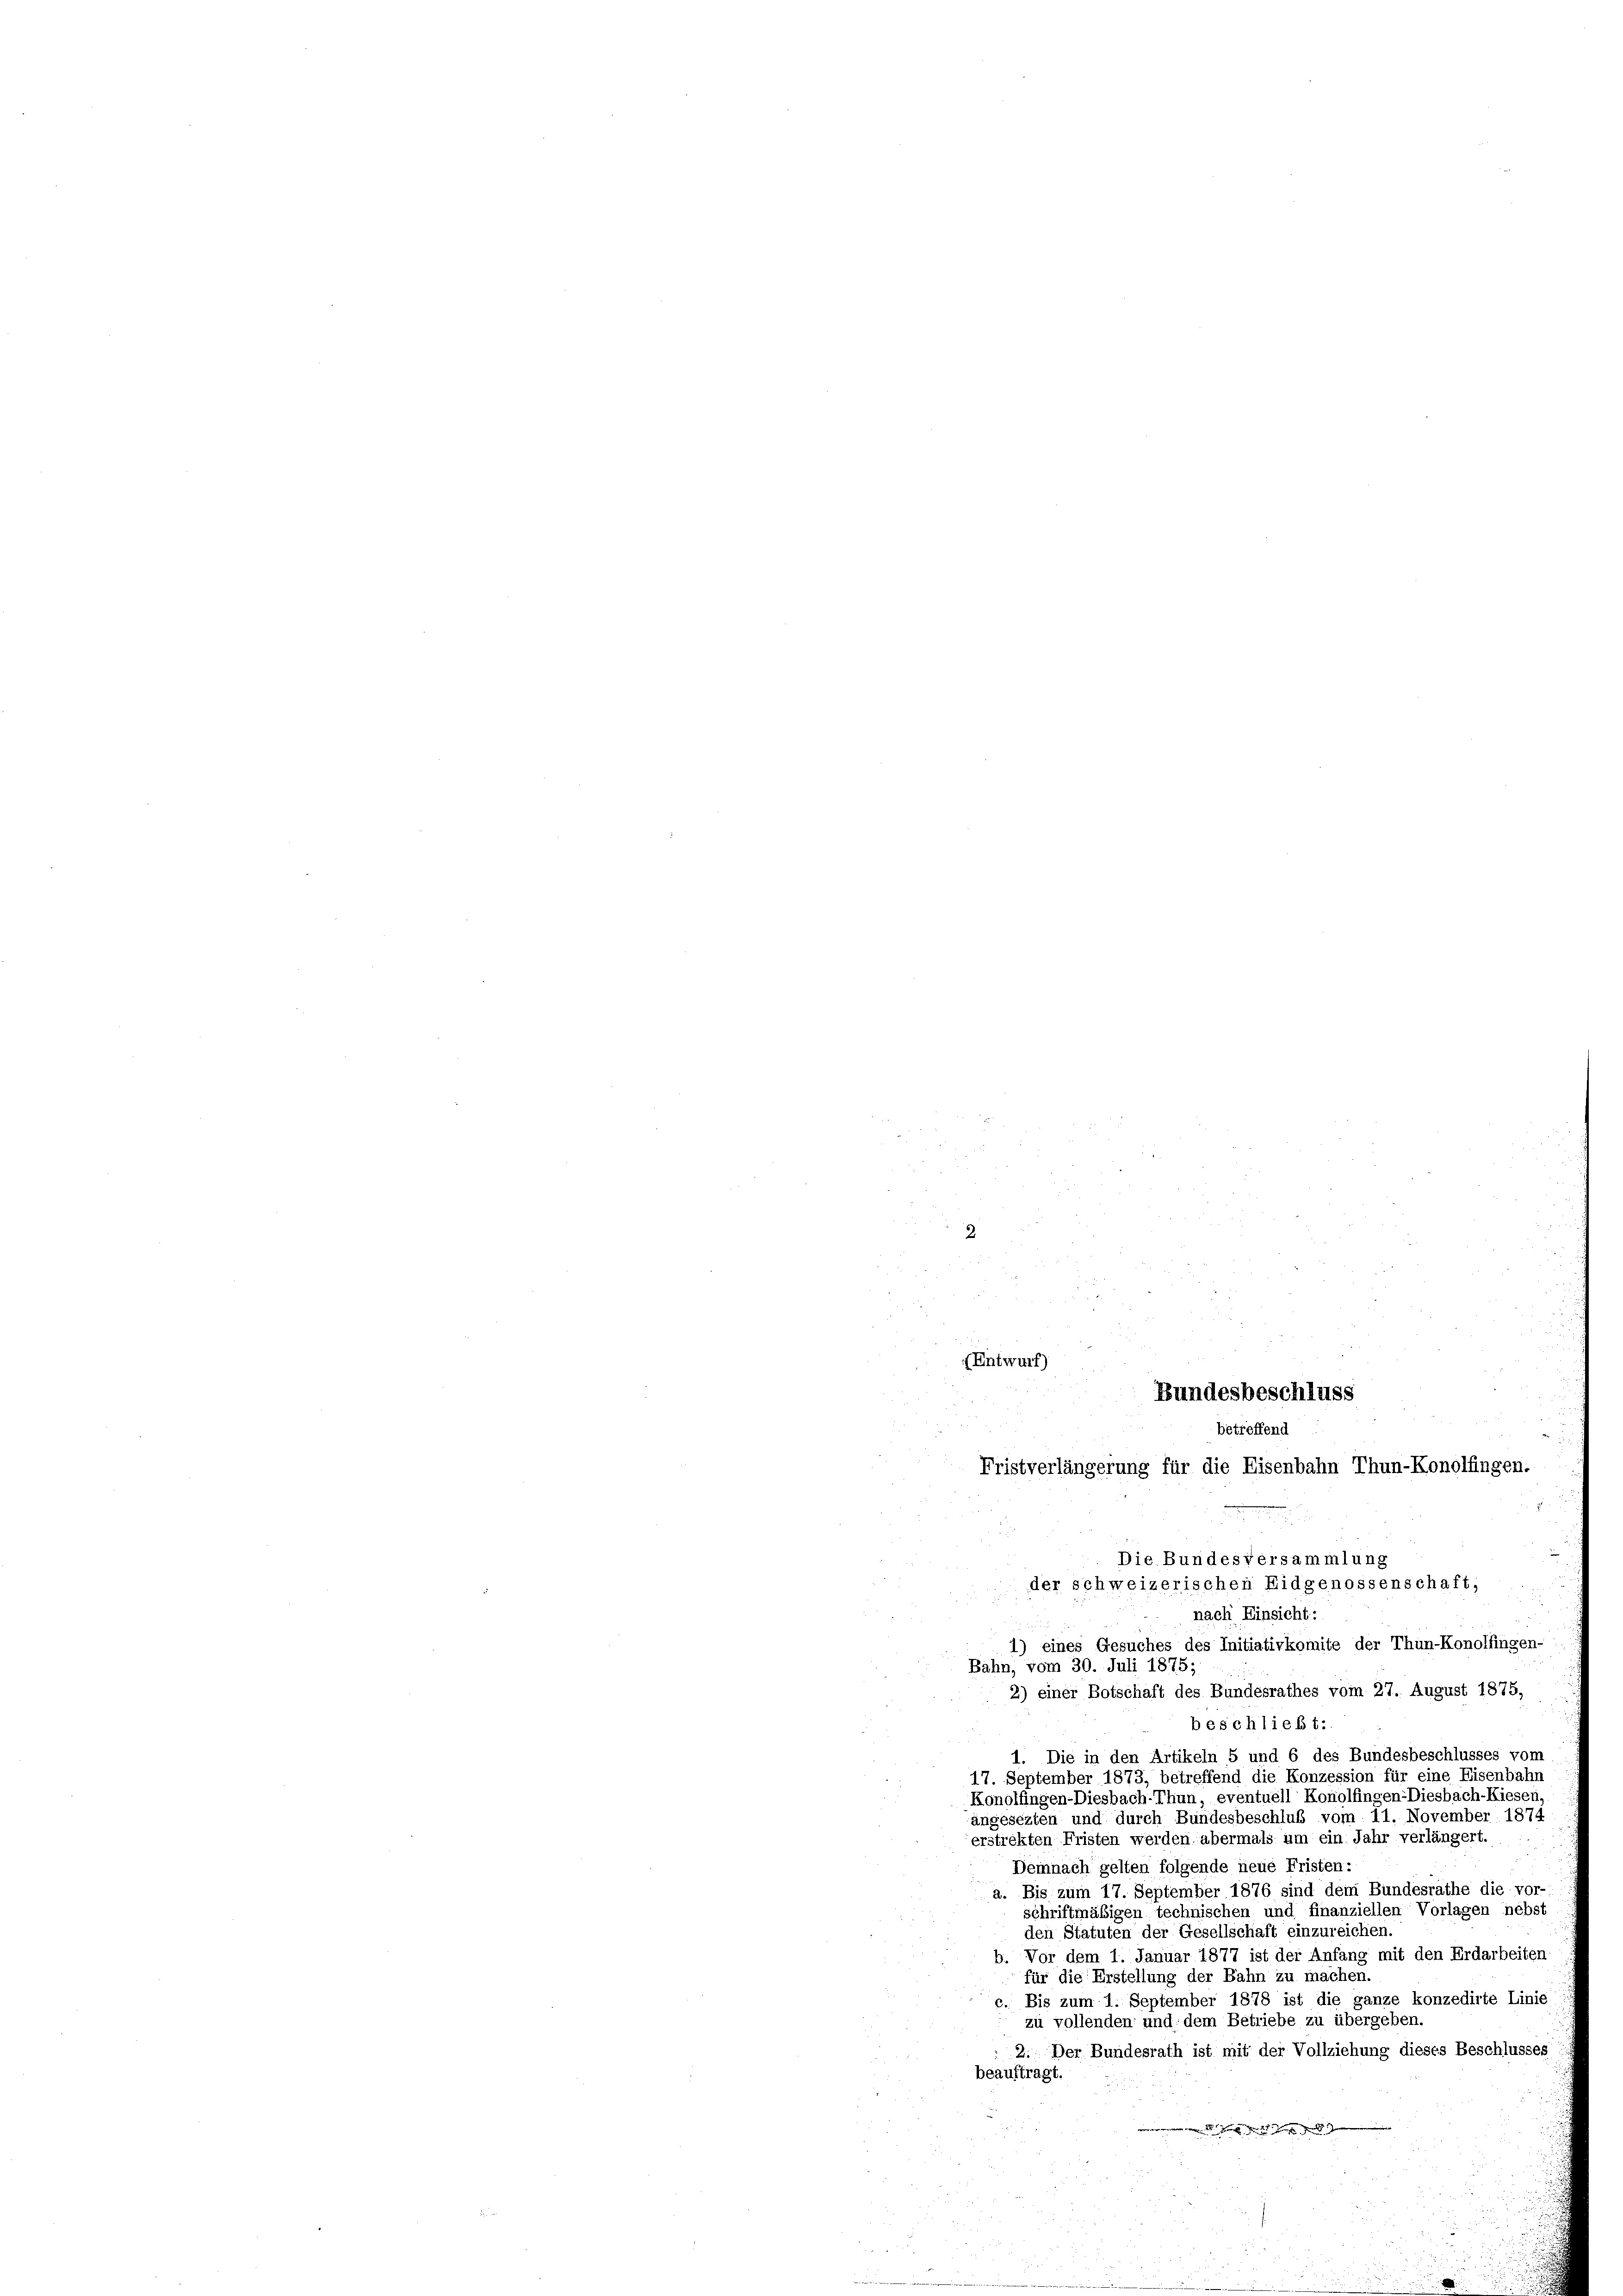
2
Bahn, vom 30. Juli 1875;
2) einer Botschaft des Bundesrathes vom 27. August 1875,
beschließt:
1. Die in den Artikeln 5 und 6 des Bundesbeschlusses vom
17. September 1873, betreffend die Konzession für eine Eisenbahn
Konolfingen-Diesbach-Thun, eventuell Konolfingen-Diesbach-Kiesen
angesezten und durch Bundesbeschluß vom 11. November 1874
erstrekten Fristen werden abermals um ein Jahr verlängert.
Demnach gelten folgende neue Fristen:
a. Bis zum 17. September 1876 sind dem Bundesrathe die vor-
schriftmäßigen technischen und finanziellen Vorlagen nebst
den Statuten der Gesellschaft einzureichen.
b. Vor dem 1. Januar 1877 ist der Anfang mit den Erdarbeiten
für die Erstellung der Bahn zu machen.
c. Bis zum 1. September 1878 ist die ganze konzedirte Linie
zu vollenden und dem Betriebe zu übergeben.
2. Der Bundesrath ist mit der Vollziehung dieses Beschlusses
beauftragt.

(Entwurf)
Bundesbeschluss
betreffend
Fristverlängerung für die Eisenbahn Thun-Konolfingen.
Die Bundesversammlung
der schweizerischen Eidgenossenschaft;
nach Einsicht:
1) eines Gesuches des Initiativkomite der Thun-Konolfingen-